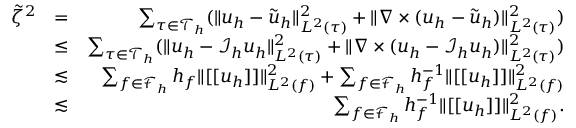
\begin{array} { r l r } { \tilde { \zeta } ^ { 2 } } & { = } & { \sum _ { \tau \in \mathcal { T } _ { h } } ( \| \boldsymbol { u } _ { h } - \tilde { \boldsymbol { u } } _ { h } \| _ { { L } ^ { 2 } ( \tau ) } ^ { 2 } + \| \nabla \times ( \boldsymbol { u } _ { h } - \tilde { \boldsymbol { u } } _ { h } ) \| _ { { L } ^ { 2 } ( \tau ) } ^ { 2 } ) } \\ & { \leq } & { \sum _ { \tau \in \mathcal { T } _ { h } } ( \| \boldsymbol { u } _ { h } - \mathcal { I } _ { h } \boldsymbol { u } _ { h } \| _ { { L } ^ { 2 } ( \tau ) } ^ { 2 } + \| \nabla \times ( \boldsymbol { u } _ { h } - \mathcal { I } _ { h } \boldsymbol { u } _ { h } ) \| _ { { L } ^ { 2 } ( \tau ) } ^ { 2 } ) } \\ & { \lesssim } & { \sum _ { f \in \mathcal { F } _ { h } } h _ { f } \| [ [ \boldsymbol { u } _ { h } ] ] \| _ { L ^ { 2 } ( f ) } ^ { 2 } + \sum _ { f \in \mathcal { F } _ { h } } h _ { f } ^ { - 1 } \| [ [ \boldsymbol { u } _ { h } ] ] \| _ { L ^ { 2 } ( f ) } ^ { 2 } } \\ & { \lesssim } & { \sum _ { f \in \mathcal { F } _ { h } } h _ { f } ^ { - 1 } \| [ [ \boldsymbol { u } _ { h } ] ] \| _ { L ^ { 2 } ( f ) } ^ { 2 } . } \end{array}